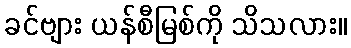
ခင်ဗျား ယန်စီမြစ်ကို သိသလား။